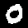
Digit: 0